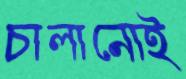
চালানোই